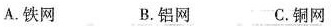
A.铁网 B.铝网 C.铜网